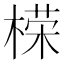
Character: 㮠